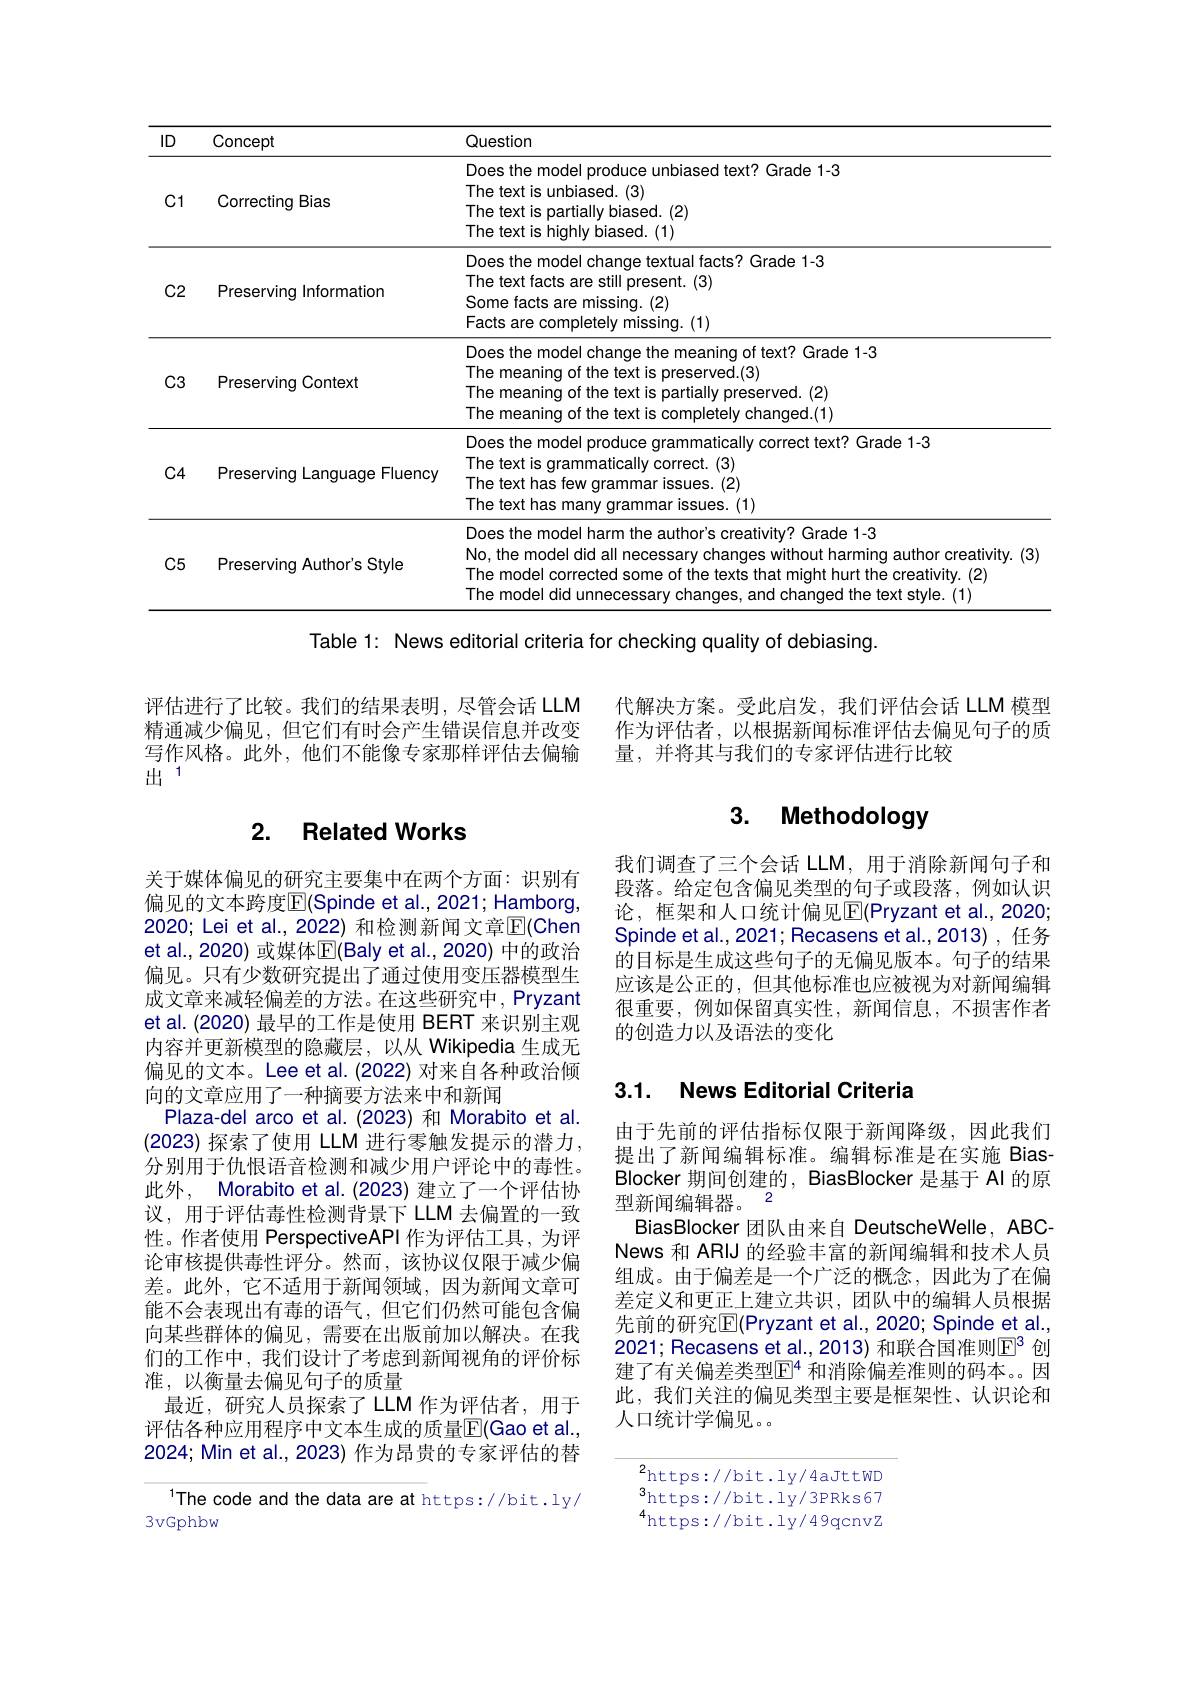
<table>
	<tbody>
		<tr>
			<th>ID</th>
			<th>Concept</th>
			<th>Question</th>
		</tr>
		<tr>
			<td>C1</td>
			<td>Correcting Bias</td>
			<td>Does the model produce unbiased text? Grade 1-3 The text is unbiased. (3) The text is partially biased. (2) The text is highly biased. (1)</td>
		</tr>
		<tr>
			<td>$C2$</td>
			<td>Preserving Information</td>
			<td>Does the model change textual facts? Grade 1-3 The text facts are still present. (3) Some facts are missing. (2) Facts are completely missing. (1)</td>
		</tr>
		<tr>
			<td>$C3$</td>
			<td>Preserving Context</td>
			<td>Does the model change the meaning of text? Grade 1-3 The meaning of the text is preserved.(3) The meaning of the text is partially preserved. (2) The meaning of the text is completely changed.(1)</td>
		</tr>
		<tr>
			<td>$C4$</td>
			<td>Preserving Language Fluency</td>
			<td>Does the model produce grammatically correct text? Grade 1-3 The text is grammatically correct. (3) The text has few grammar issues. (2) The text has many grammar issues. (1)</td>
		</tr>
		<tr>
			<td>$C5$</td>
			<td>Preserving Author's Style</td>
			<td>Does the model harm the author's creativity? Grade 1-3 No, the model did all necessary changes without harming author creativity. (3) The model corrected some of the texts that might hurt the creativity. (2) The model did unnecessary changes, and changed the text style. (1)</td>
		</tr>
	</tbody>
</table>

Table 1: News editorial criteria for checking quality of debiasing.

评估进行了比较。我们的结果表明，尽管会话 LLM 精通减少偏见，但它们有时会产生错误信息并改变写作风格。此外，他们不能像专家那样评估去偏输$\tilde{\text{出}}^{1}$

### 2. Related Works

关于媒体偏见的研究主要集中在两个方面：识别有偏见的文本跨度$\mathbb{E}($Spinde et al.,2021; Hamborg, 2020; Lei et al., 2022) 和检测新闻文章$\overline{\mathrm{E}}($Chen et al., 2020) 或媒体$\operatorname{E}($Baly et al., 2020) 中的政治偏见。只有少数研究提出了通过使用变压器模型生成文章来减轻偏差的方法。在这些研究中，Pryzant et al. (2020) 最早的工作是使用 BERT 来识别主观内容并更新模型的隐藏层，以从 Wikipedia 生成无偏见的文本。Lee et al.(2022) 对来自各种政治倾向的文章应用了一种摘要方法来中和新闻
Plaza-del arco et al.(2023) 和 Morabito et al. (2023)探索了使用 LLM 进行零触发提示的潜力分别用于仇恨语音检测和减少用户评论中的毒性。此外，Morabito et al. (2023) 建立了一个评估协议，用于评估毒性检测背景下 LLM 去偏置的一致性。作者使用 PerspectiveAPI 作为评估工具，为评论审核提供毒性评分。然而，该协议仅限于减少偏差。此外，它不适用于新闻领域，因为新闻文章可能不会表现出有毒的语气，但它们仍然可能包含偏向某些群体的偏见，需要在出版前加以解决。在我们的工作中，我们设计了考虑到新闻视角的评价标准，以衡量去偏见句子的质量
最近，研究人员探索了 LLM 作为评估者，用于评估各种应用程序中文本生成的质量$\overline{\mathrm{F}}($Gao et al. 2024; Min et al., 2023) 作为昂贵的专家评估的替

The code and the data are at https://bit.ly/
3vGphbw

代解决方案。受此启发，我们评估会话 LLM 模型作为评估者，以根据新闻标准评估去偏见句子的质量，并将其与我们的专家评估进行比较

# 3. Methodology

我们调查了三个会话 LLM, 用于消除新闻句子和段落。给定包含偏见类型的句子或段落，例如认识论，框架和人口统计偏见$\overline{\mathrm{E}}($Pryzant et al.,2020; Spinde et al., 2021; Recasens et al., 2013) , 任务的目标是生成这些句子的无偏见版本。句子的结果应该是公正的，但其他标准也应被视为对新闻编辑很重要，例如保留真实性，新闻信息，不损害作者的创造力以及语法的变化

## 3.1. News Editorial Criteria

由于先前的评估指标仅限于新闻降级，因此我们提出了新闻编辑标准。编辑标准是在实施 Bias Blocker 期间创建的，BiasBlocker 是基于 Al 的原
2
型新闻编辑器。
BiasBlocker 团队由来自 DeutscheWelle, ABCNews 和 ARIJ 的经验丰富的新闻编辑和技术人员组成。由于偏差是一个广泛的概念，因此为了在偏差定义和更正上建立共识，团队中的编辑人员根据先前的研究$\operatorname{E}($Pryzant et al.,2020; Spinde et al. 2021; Recasens et al., 2013) 和联合国准则$\mathbb{E}^3$ 创建了有关偏差类型$\mathbb{E}^4$ 和消除偏差准则的码本。因此，我们关注的偏见类型主要是框架性、认识论和人口统计学偏见。

2https://bit.ly/4aJttWD $^{3}$https://bit.ly/3PRks67 $^{4}$https://bit.ly/49qcnvz